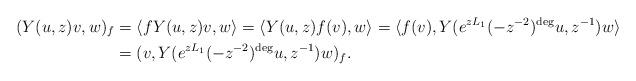
LaTeX: \begin{align*} (Y(u,z)v,w)_f&=\langle fY(u,z)v,w\rangle=\langle Y(u,z)f(v),w\rangle =\langle f(v),Y(e^{zL_{1}}(-z^{-2})^{\deg}u,z^{-1})w\rangle\\ &=(v,Y(e^{zL_{1}}(-z^{-2})^{\deg}u,z^{-1})w)_f.\end{align*}